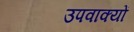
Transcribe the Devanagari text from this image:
उपवाक्यों